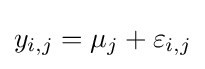
y_{i,j}=\mu _{j}+\varepsilon _{i,j}